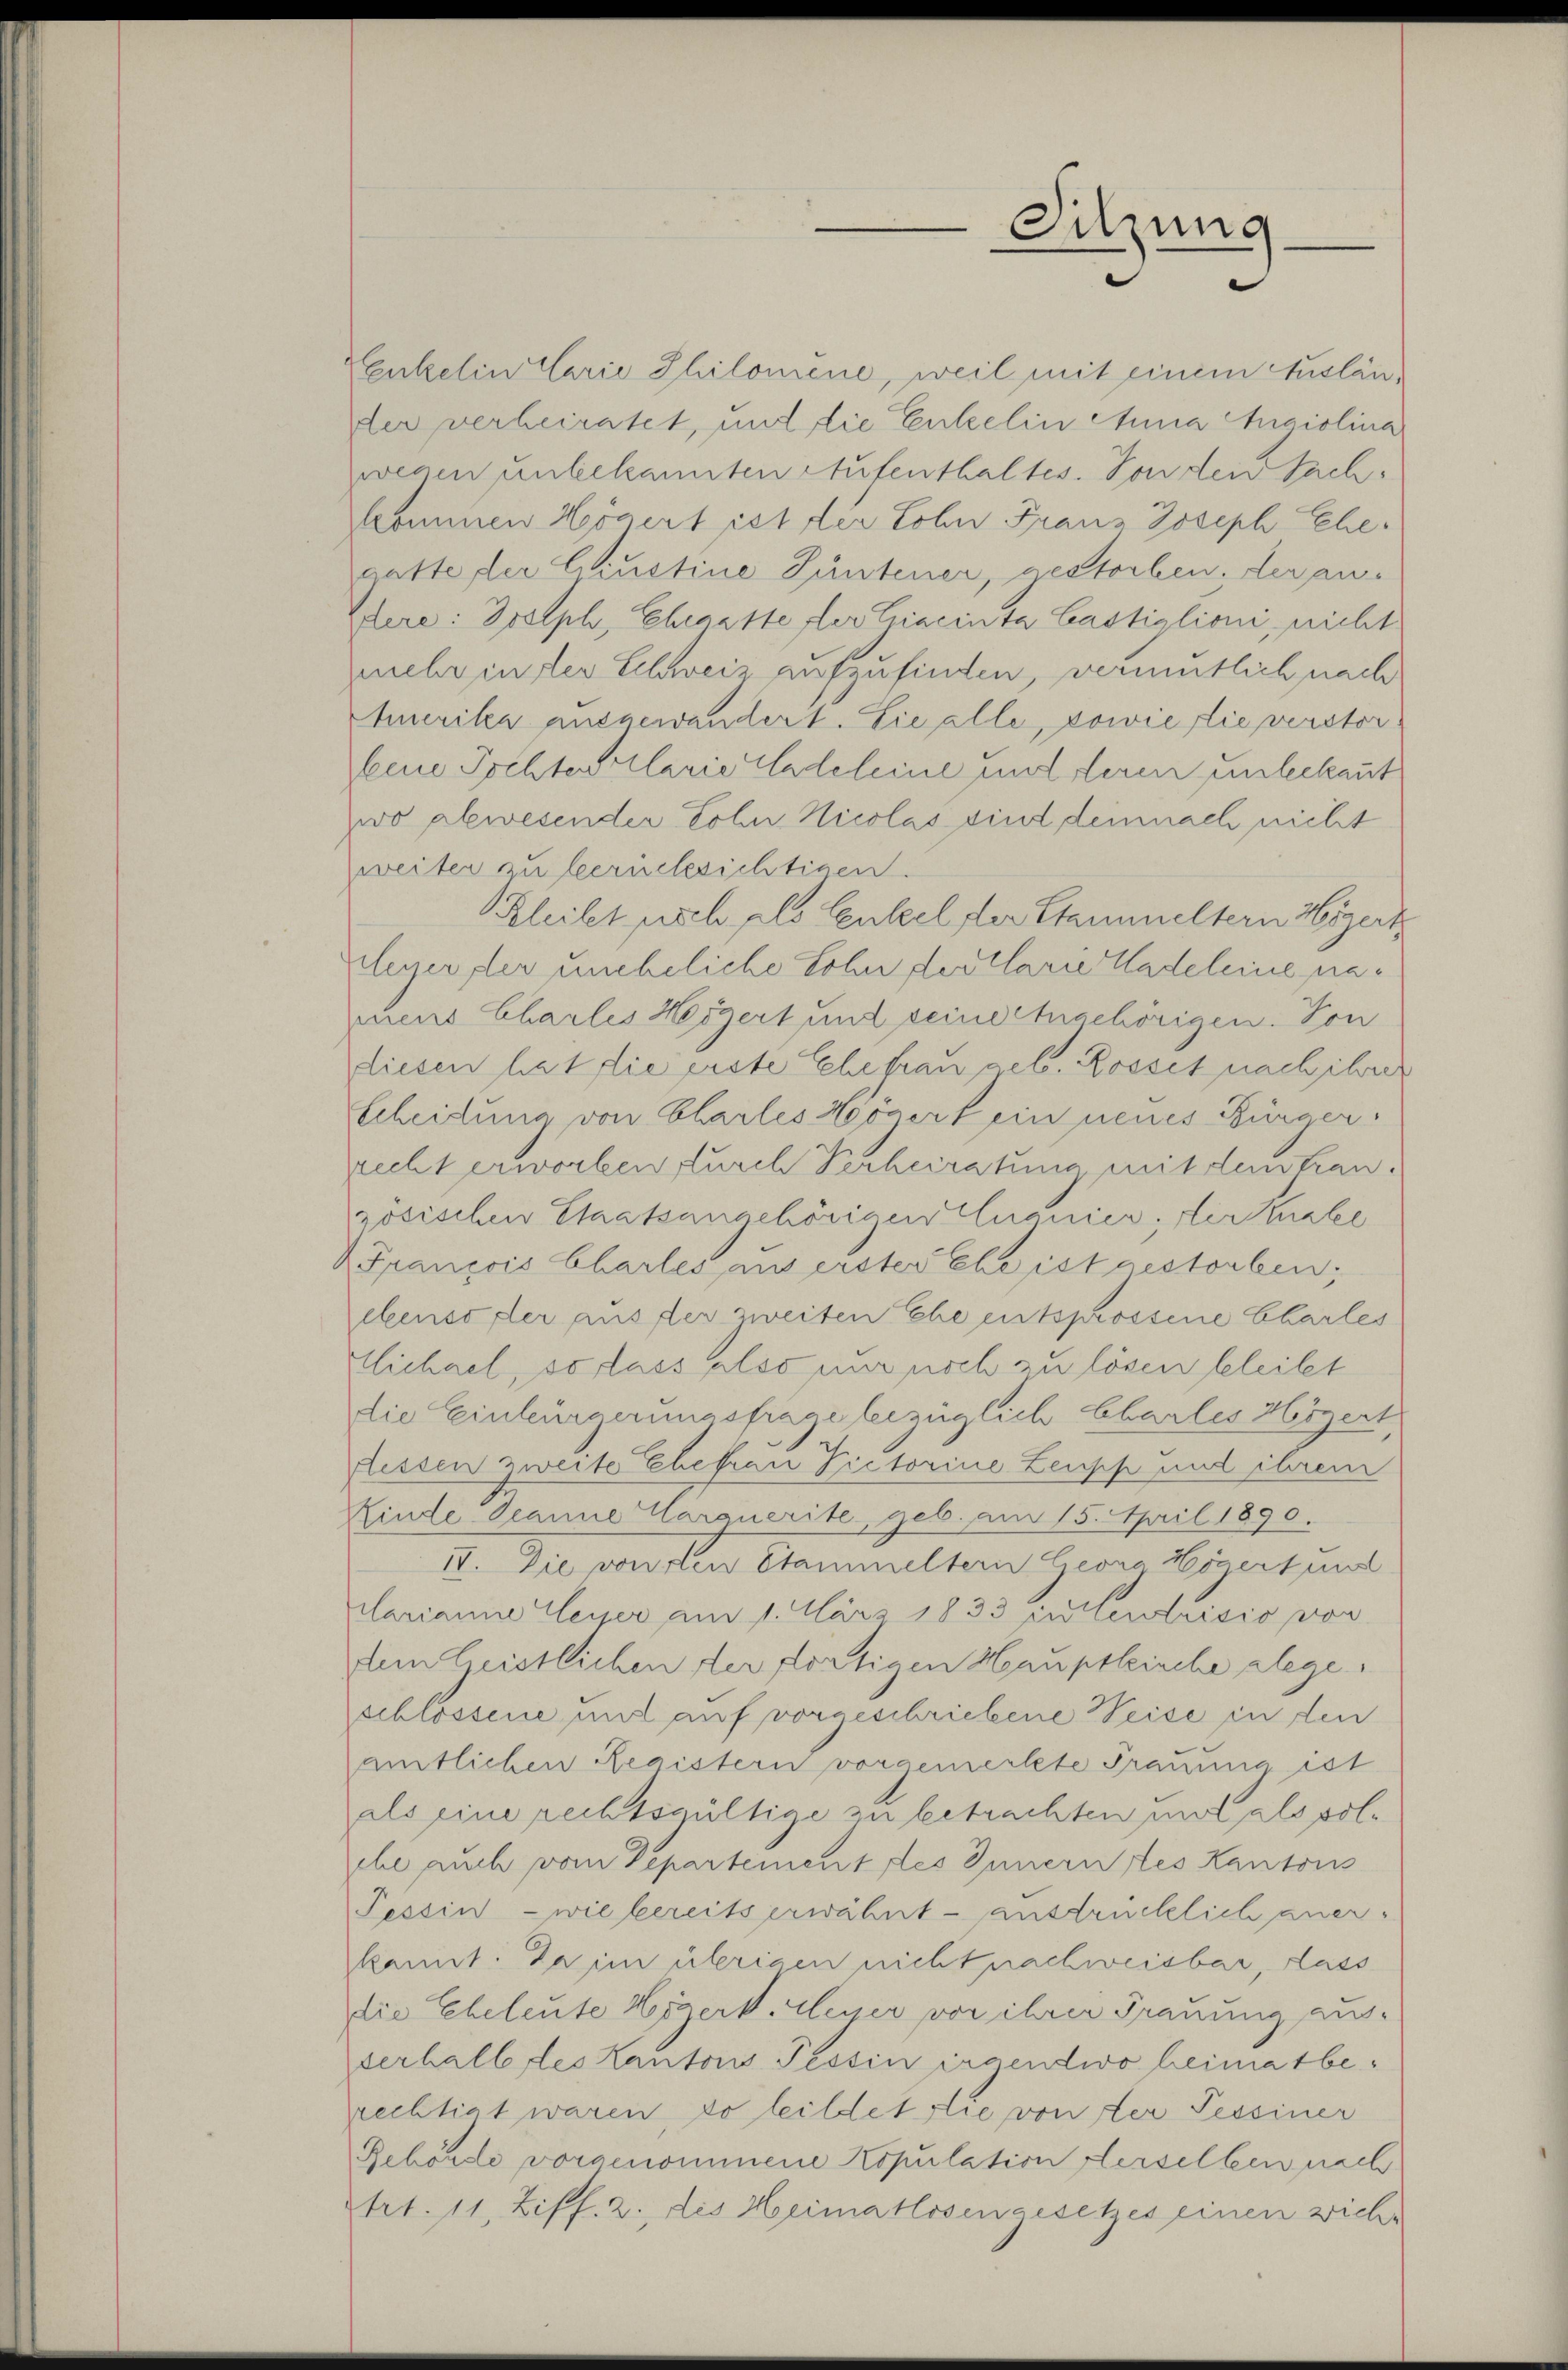
Sitzung

Enkelin Clarie Philomene, weil mit einem Ausländer verheiratet, und die Enkelin Anna Angiolina
wegen unbekannten Aufenthaltes. Von den Sach
kommen Högert ist der Lohn Franz Joseph Ehe-
catte der Giustine Püntener, gestorben, der au-
plere: Delph, Ehegatte der Cracinta Castiglioni, nicht
mehr inter Schweiz aufzufinden, veramtlich nach
Amerika ausgewandert. Sie alle, sowie die verstorkeine Tochten Clarielsdeleine und deren unbekannt
wo abwesender Lohn Nicolas sind demnach nicht
Zweiter zu berücksichtigen.
Bleibt noch als Enkel der Stammeltern Wigert
eger der uneheliche Sohn der Clarie Kadeleine namien Charles Hergert und seine eingehörigen. Von
diesen hat die erste Ehefrau geb. Rosset nach ihre
Scheidung von Charles zögert ein neues Bürger
recht erworben durch Verheiratung mit dem tranzösischen Staatsangehörigen nanier; der Knabe
Francois Chartes aus erster Ehe ist gestorben,
ebenso der aus der zweiten Ehe entsprossene Charles
Michael, so dass also nur noch zu lösen beleitet
die Einburgerungsfrage bezüglich Chartes Högert,
flessen zweite Ehefrau Pictorine Leupp und ihrem
Kinde Oeanne Carquerite, geb. am 15. April 1890.
IV. Die von den Stammeltern Georg Högert und
plarianne Weyer am 1. März 1833 erlendrisio vor
dem Geistlichen der fortigen Hauptleische lege.
schlossene mit auf vorgeschriebene Weise in den
amtlichen Registern vorgemerkte Trauung ist
als eine rechtsgültige zu betrachten und als polehe auch vom Departement des Innern stes Kantons
Tessin - wie bereitserwähnt - ausdrücklich anerkannt: Da im übrigen nicht nachweisbar, lass
die Eheleute Högert. Alesser vor ihrer Trauung ausverhalb des Kantons Tessin irgendwo heimatberechtigt waren, so leistet die von der Tessiner
Rehörde vorgenommene Kopulation Herselben nach
trt. 11, Ziff. 2. des Heimatlosengesetzes einen wich-